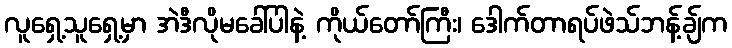
လူရှေ့သူရှေ့မှာ အဲဒီလိုမခေါ်ပါနဲ့ ကိုယ်တော်ကြီး၊ ဒေါက်တာရပ်ဖဲသ်ဘန့်ချ်က